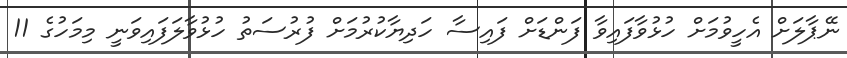
ނޭޕާލަށް އެހީވުމަށް ހުޅުވާފައިވާ ފަންޑަށް ފައިސާ ހަދިޔާކުރުމަށް ފުރުސަތު ހުޅުވާލަފައިވަނީ މިމަހުގެ 11